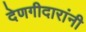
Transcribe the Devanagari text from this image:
देणगीदारांनी